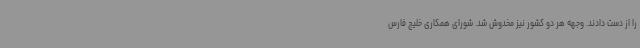
را از دست دادند. وجهه هر دو کشور نیز مخدوش شد. شورای همکاری خلیج فارس